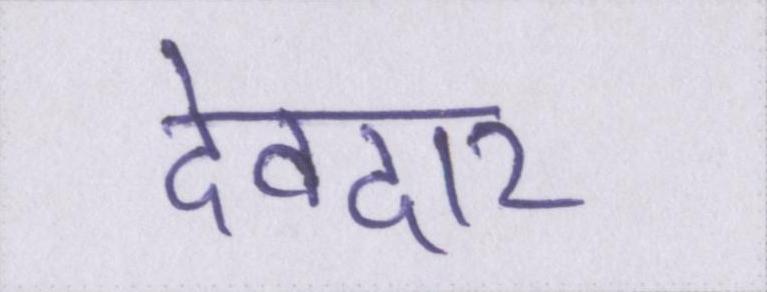
देवदार